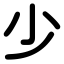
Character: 少